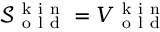
\mathcal { S } _ { \mathrm { ~ o ~ l ~ d ~ } } ^ { \mathrm { ~ k ~ i ~ n ~ } } = V _ { \mathrm { ~ o ~ l ~ d ~ } } ^ { \mathrm { ~ k ~ i ~ n ~ } }